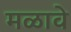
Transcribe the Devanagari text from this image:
मळावे